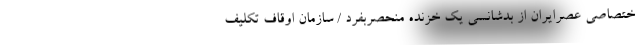
ختصاصی عصرایران از بدشانسی یک خزنده منحصربفرد / سازمان اوقاف تکلیف